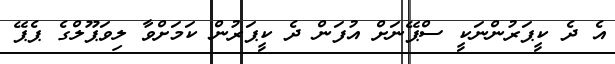
އެ ދެ ކީޕަރުންނަކީ ސްޕޭނަށް އުފަން ދެ ކީޕަރުން ކަމަށްވާ ލިވަޕޫލްގެ ޕެޕޭ